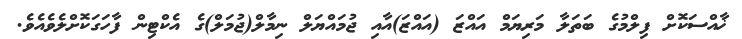
ޚާއްސަކޮށް ފިލްމުގެ ބަތަލާ މަރިޔަމް އައްޒަ (އައްޒަ)އާއި ޖުމައްޔަލް ނިމާލް(ޖުމަލް)ގެ އެކްޓިން ފާހަގަކޮށްލެވެއެވެ.